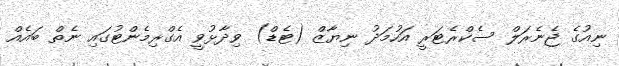
ނިއުގެ ޖެނެރަލް ސެކްރެޓަރީ އަހުމަދު ނިޔާޒް (ޓެޑް) ވިދާޅުވީ އެގްރިމެންޓުގައި ނެތް ބައެއް